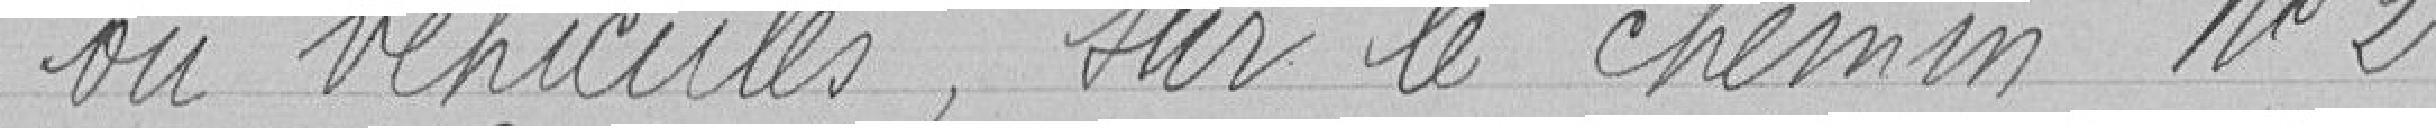
ou véhicules, sur le chemin n°2.